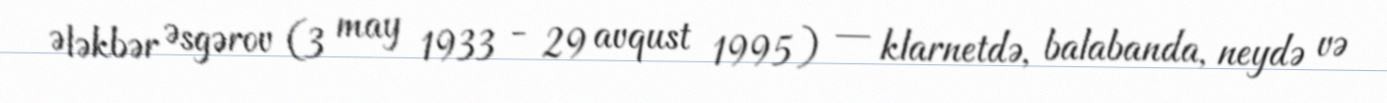
Ələkbər Əsgərov (3 may 1933 - 29 avqust 1995) — klarnetdə, balabanda, neydə və